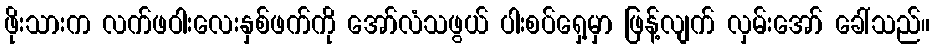
ဖိုးသားက လက်ဖဝါးလေးနှစ်ဖက်ကို အော်လံသဖွယ် ပါးစပ်ရှေ့မှာ ဖြန့်လျက် လှမ်းအော် ခေါ်သည်။